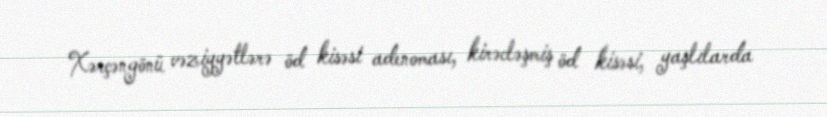
Xərçəngönü vəziyyətlərə öd kisəsi adenoması, kirəcləşmiş öd kisəsi, yaşlılarda